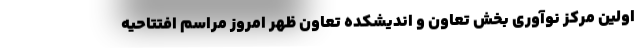
اولین مرکز نوآوری بخش تعاون و اندیشکده تعاون ظهر امروز مراسم افتتاحیه